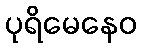
ပုရိမေနေဝ